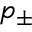
p _ { \pm }